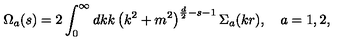
\Omega _ { a } ( s ) = 2 \int _ { 0 } ^ { \infty } d k k \left( k ^ { 2 } + m ^ { 2 } \right) ^ { \frac d 2 - s - 1 } { \Sigma } _ { a } ( k r ) , \quad a = 1 , 2 ,